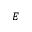
E